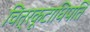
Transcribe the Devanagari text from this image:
चित्रकूटाधिपति